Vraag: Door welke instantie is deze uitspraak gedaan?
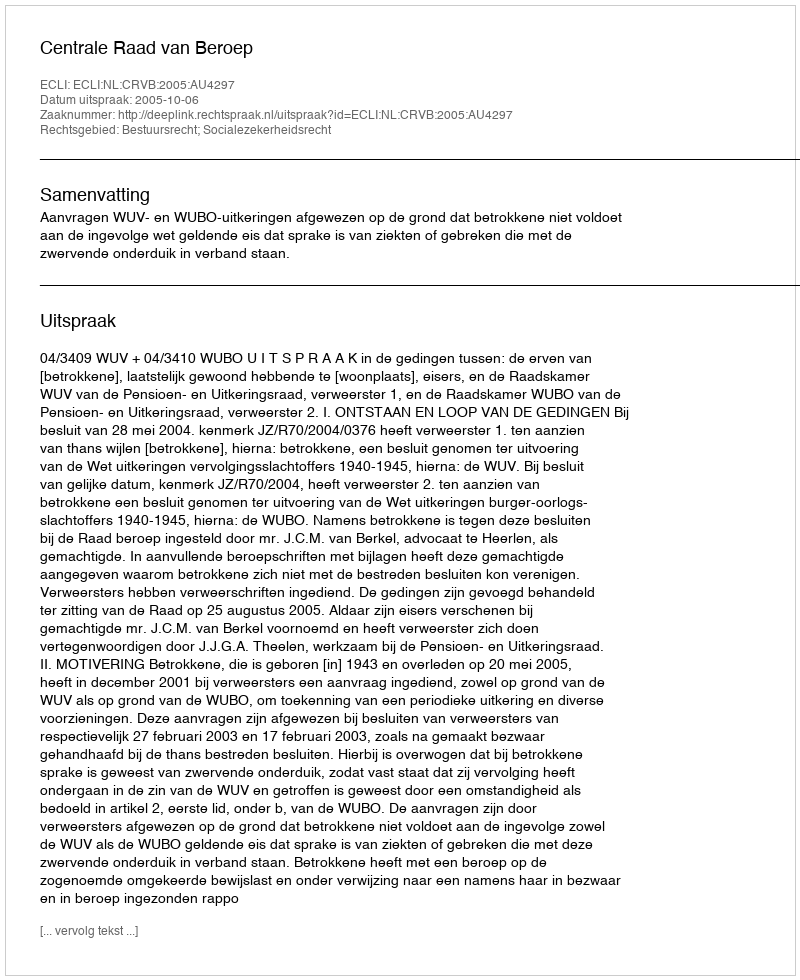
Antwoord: Centrale Raad van Beroep